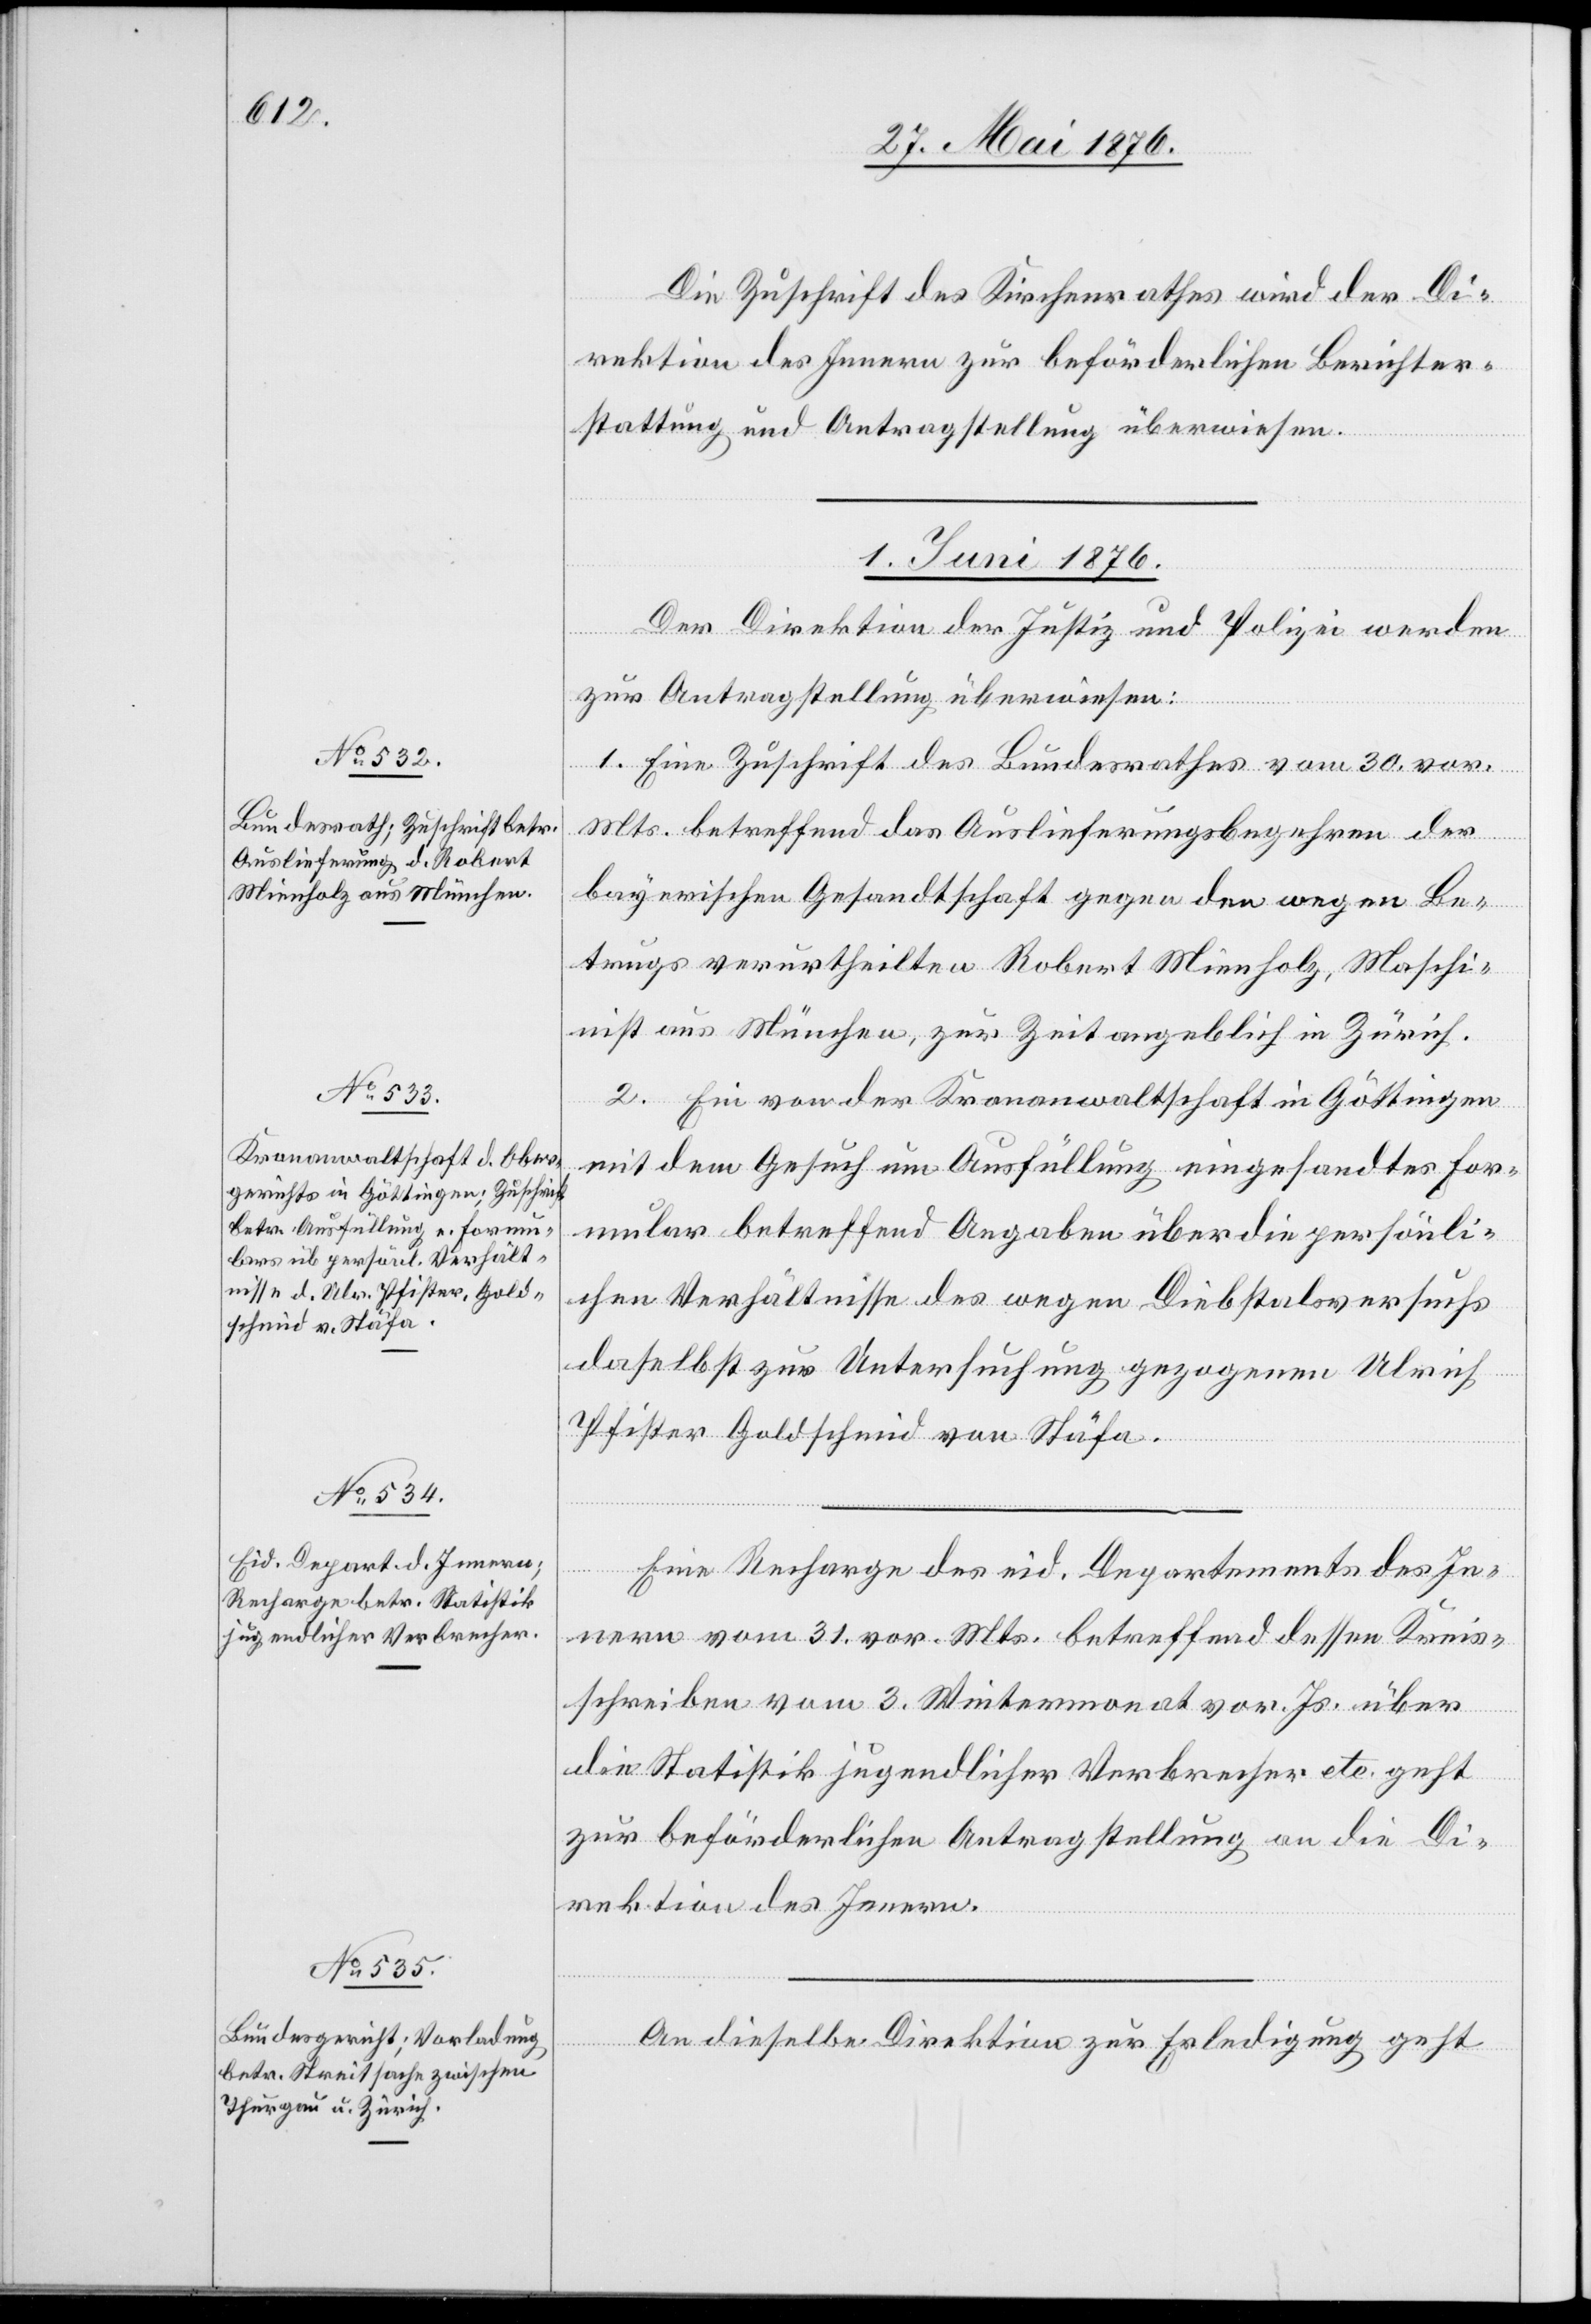
Die Zuschrift des Kirchenrathes wird der Di¬
rektion des Innern zur beförderlichen Berichter¬
stattung und Antragstellung überwiesen.
1. Juni 1876.]
Der Direktion der Justiz und Polizei werden
zur Antragstellung überwiesen:
1. Eine Zuschrift des Bundesrathes vom 30. vor.
Mts. betreffend das Auslieferungsbegehren der
bayerischen Gesandtschaft gegen den wegen Be¬
trugs verurtheilten Robert Minnholz, Maschi¬
nist aus München, zur Zeit angeblich in Zürich.
2. Ein von der Kronanwaltschaft in Göttingen
mit dem Gesuch um Ausfüllung eingesandtes For¬
mular betreffend Angaben über die persönli¬
chen Verhältnisse des wegen Diebstalsversuchs
daselbst zur Untersuchung gezogenen Ulrich
Pfister Goldschmid von Stäfa.
Eine Recharge des eid. Departements des In¬
nern vom 31. vor. Mts. betreffend dessen Kreis¬
schreiben vom 3. Wintermonat vor. Js. über
die Statistik jugendlicher Verbrecher etc. geht
zur beförderlichen Antragstellung an die Di¬
rektion des Innern.
An dieselbe Direktion zur Erledigung geht